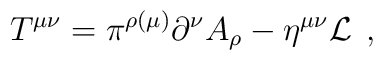
T^{\mu \nu }=\pi ^{\rho (\mu )}\partial ^\nu A_\rho -\eta ^{\mu \nu } {\cal L} \;\,,